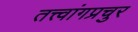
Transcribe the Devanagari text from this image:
तत्त्वांगप्रचुर